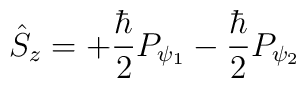
\hat {S}_z=+\frac {\hbar}2P_{\psi_1}-\frac {\hbar}2P_{\psi_2}